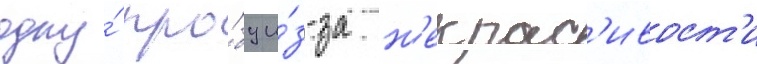
одну́ про́бу и́з-за н'екрас'ивост'и